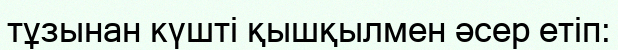
тұзынан күшті қышқылмен әсер етіп: